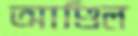
আণ্ডিল